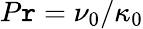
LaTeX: P\mathtt{r}=\nu_{0}/\kappa_{0}